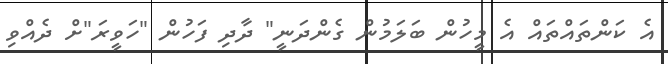
އެ ކަންތައްތައް އެ މީހުން ބަލަމުން ގެންދަނީ" ދާދި ފަހުން "ހަވީރަ"ށް ދެއްވި